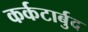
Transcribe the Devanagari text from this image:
कर्कटार्बुद